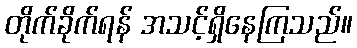
တိုက်ခိုက်ရန် အသင့်ရှိနေကြသည်။